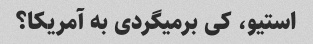
استیو، کی برمیگردی به آمریکا؟